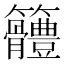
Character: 𥸠